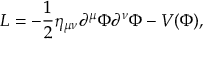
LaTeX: L = - \frac { 1 } { 2 } \eta _ { \mu \nu } \partial ^ { \mu } \Phi \partial ^ { \nu } \Phi - V ( \Phi ) ,